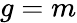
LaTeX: g=m